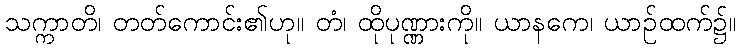
သက္ကာတိ၊ တတ်ကောင်း၏ဟု။ တံ၊ ထိုပုဏ္ဏားကို။ ယာနကေ၊ ယာဉ်ထက်၌။